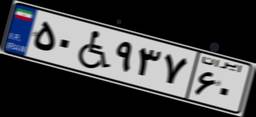
۵۰W۹۳۷۶۰